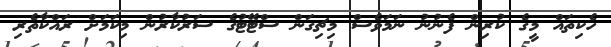
ހެކިތައް މީގެ ކުރިން ފެނުނު ނަމަވެސް މިޗިގަން ސްޓޭޓުގެ ސަރުކާރުން މިކަމަށް ރައްކާތެރި